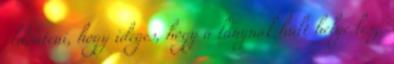
eldönteni, hogy ideges, hogy a lánynak hűlt helye lesz,